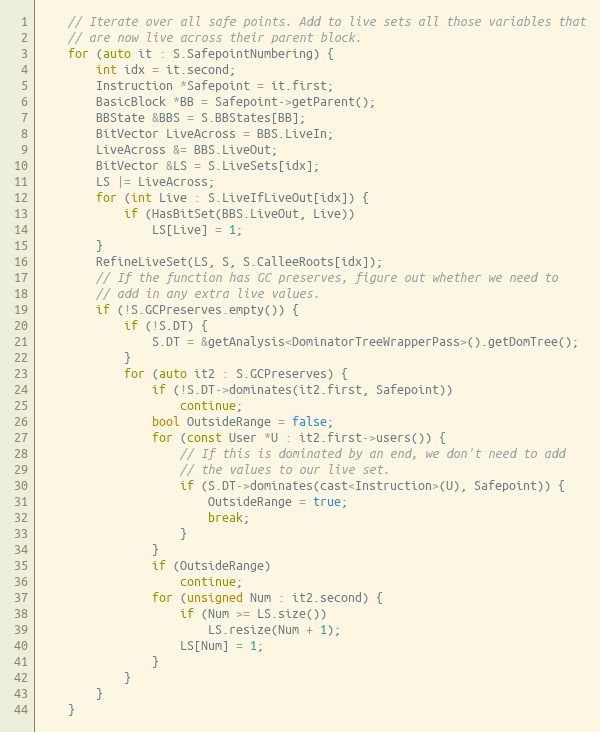
Language: C++
    // Iterate over all safe points. Add to live sets all those variables that
    // are now live across their parent block.
    for (auto it : S.SafepointNumbering) {
        int idx = it.second;
        Instruction *Safepoint = it.first;
        BasicBlock *BB = Safepoint->getParent();
        BBState &BBS = S.BBStates[BB];
        BitVector LiveAcross = BBS.LiveIn;
        LiveAcross &= BBS.LiveOut;
        BitVector &LS = S.LiveSets[idx];
        LS |= LiveAcross;
        for (int Live : S.LiveIfLiveOut[idx]) {
            if (HasBitSet(BBS.LiveOut, Live))
                LS[Live] = 1;
        }
        RefineLiveSet(LS, S, S.CalleeRoots[idx]);
        // If the function has GC preserves, figure out whether we need to
        // add in any extra live values.
        if (!S.GCPreserves.empty()) {
            if (!S.DT) {
                S.DT = &getAnalysis<DominatorTreeWrapperPass>().getDomTree();
            }
            for (auto it2 : S.GCPreserves) {
                if (!S.DT->dominates(it2.first, Safepoint))
                    continue;
                bool OutsideRange = false;
                for (const User *U : it2.first->users()) {
                    // If this is dominated by an end, we don't need to add
                    // the values to our live set.
                    if (S.DT->dominates(cast<Instruction>(U), Safepoint)) {
                        OutsideRange = true;
                        break;
                    }
                }
                if (OutsideRange)
                    continue;
                for (unsigned Num : it2.second) {
                    if (Num >= LS.size())
                        LS.resize(Num + 1);
                    LS[Num] = 1;
                }
            }
        }
    }